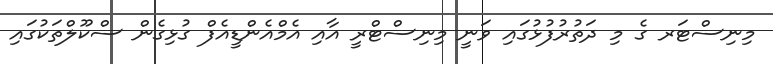
މިނިސްޓަރ ގެ މި ދަތުރުފުޅުގައި ވަނީ މިނިސްޓްރީ އާއި އެމްއެންޑީއެފް ގުޅިގެން ސްކޫލްތަކުގައި